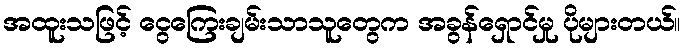
အထူးသဖြင့် ငွေကြေးချမ်းသာသူတွေက အခွန်ရှောင်မှု ပိုများတယ်။